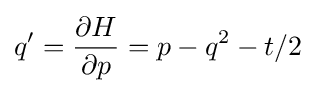
\displaystyle q^{\prime }={\frac {\partial H}{\partial p}}=p-q^{2}-t/2